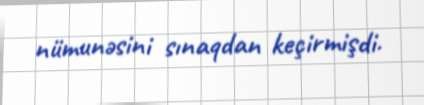
nümunəsini sınaqdan keçirmişdi.